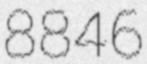
8846